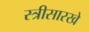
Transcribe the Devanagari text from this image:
स्त्रीसारखे